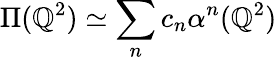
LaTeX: \Pi(\mathbb{Q}^{2})\simeq\sum_{n}c_{n}\alpha^{n}(\mathbb{Q}^{2})